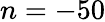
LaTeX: n=-50